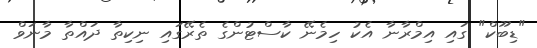
"ޑިބޫކް" ގައި އިމްރާނާ އެކު ހިމެނޭ ކާސްޓުންގެ ތެރޭގައި ނިކިތާ ދައްތާ މާނަވް